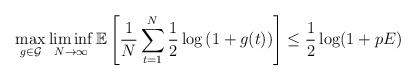
LaTeX: \begin{align*}\max_{g \in \mathcal{G}} \liminf_{N \to \infty} \mathbb{E} \left[ \frac{1}{N} \displaystyle\sum\limits_{t = 1}^N \frac{1}{2} \log\left( 1 + g( t)\right) \right] \leq \frac{1}{2}\log(1+pE)\end{align*}